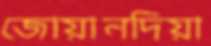
জোয়ানদিয়া